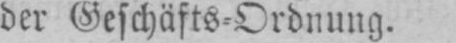
der Geschäfts⸗Ordnung.